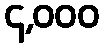
၄,၀၀၀